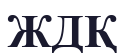
ЖДҚ